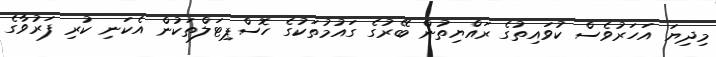
މިދިޔަ އަހަރުވެސް ކުވައިތުގެ ރައްޔިތުން ބޭރުގެ ގައުމުތަކުގެ ހޮސްޕިޓަލްތަކުން އެކަނި ކުރި ފަރުވާގެ